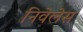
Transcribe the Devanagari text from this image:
निवेलेस